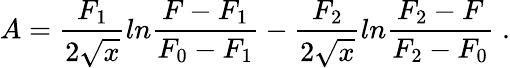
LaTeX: A=\frac{F_{1}}{2\sqrt{x}}ln\frac{F-F_{1}}{F_{0}-F_{1}}-\frac{F_{2}}{2\sqrt{x}}ln\frac{F_{2}-F}{F_{2}-F_{0}}\; .